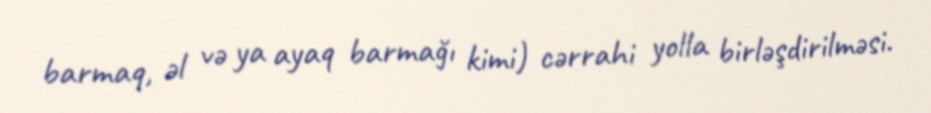
barmaq, əl və ya ayaq barmağı kimi) cərrahi yolla birləşdirilməsi.